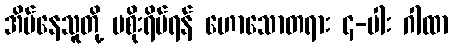
အိမ်နေသူတို့ မစိုးရိမ်ရန် ဟောသောတရား ၄-ပါး ဂါထာ